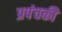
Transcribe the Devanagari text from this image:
प्रपंचकी